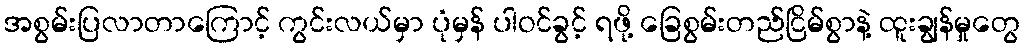
အစွမ်းပြလာတာကြောင့် ကွင်းလယ်မှာ ပုံမှန် ပါဝင်ခွင့် ရဖို့ ခြေစွမ်းတည်ငြိမ်စွာနဲ့ ထူးချွန်မှုတွေ